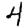
Digit: 4